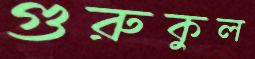
গুরুকুল